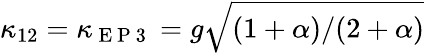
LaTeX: \kappa_{12}=\kappa_{\mathrm{~E~P~3~}}=g\sqrt{(1+\alpha)/(2+\alpha)}